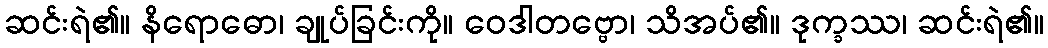
ဆင်းရဲ၏။ နိရောဓော၊ ချုပ်ခြင်းကို။ ဝေဒါတဗ္ဗော၊ သိအပ်၏။ ဒုက္ခဿ၊ ဆင်းရဲ၏။